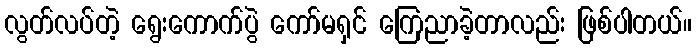
လွတ်လပ်တဲ့ ရွေးကောက်ပွဲ ကော်မရှင် ကြေညာခဲ့တာလည်း ဖြစ်ပါတယ်။